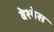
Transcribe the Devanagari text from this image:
वेश्येस